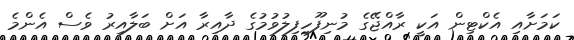
ކަމަށާއި އެކްޓިން އަކީ ރާއްޖޭގެ މުނިފޫހިފިލުވުމުގެ ދާއިރާ އަށް ބަލާއިރު ވެސް އެންމެ